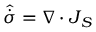
\hat { \dot { \sigma } } = \nabla \cdot \boldsymbol { J } _ { S }